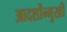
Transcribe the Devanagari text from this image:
आदर्शोंन्मुखी